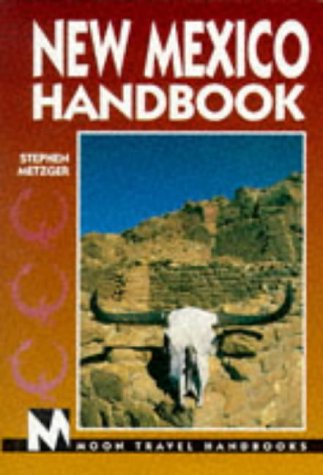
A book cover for New Mexico Handbook (4th ed); Stephen Metzger; Travel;